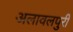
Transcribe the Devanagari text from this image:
अलावलपुरी